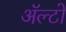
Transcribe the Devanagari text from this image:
अॅल्टो